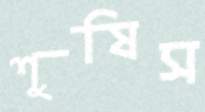
শুষিস